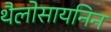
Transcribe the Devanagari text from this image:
थैलोसायनिन